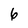
Character: 6